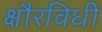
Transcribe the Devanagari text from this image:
क्षौरविधी